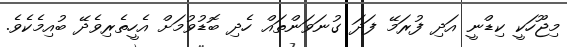
މިޖޫހަކީ ކިޑްނީ އަދި ފުރަމޭ ފަދަ ގުނަވަންތައް ހެދި ބޮޑުވުމަށް އެހީތެރިވެދޭ ބުއިމެކެވެ.